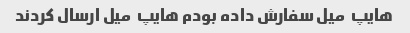
هایپ  میل سفارش داده بودم هایپ  میل ارسال کردند